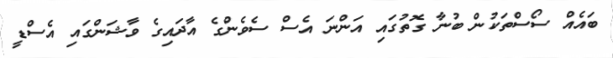
ބައެއް ސޯސްތަކުން ބުނާ ގޮތުގައި އަންނަ އެސް ސެވެންގެ އާދައިގެ ވާޝަންގައި އެސްޑީ